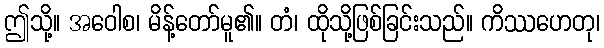
ဤသို့။ အဝေါစ၊ မိန့်တော်မူ၏။ တံ၊ ထိုသို့ဖြစ်ခြင်းသည်။ ကိဿဟေတု၊